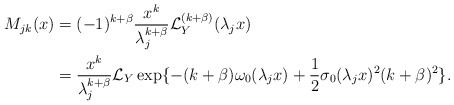
\begin{align*}M_{jk}(x)&=(-1)^{k+\beta}\frac{x^k}{\lambda_j^{k+\beta}}\mathcal{L}_Y^{(k+\beta)}(\lambda_jx)\\&=\frac{x^k}{\lambda_j^{k+\beta}}\mathcal{L}_Y\exp\{-(k+\beta)\omega_0(\lambda_jx)+\dfrac{1}{2}\sigma_0(\lambda_jx)^2(k+\beta)^2\}.\end{align*}